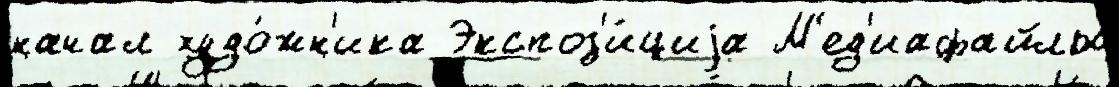
начал худо́жн'ика Экспоз'и́циjа М'ед'иафайлы